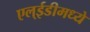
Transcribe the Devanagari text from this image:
एल्‌ईडीमध्ये